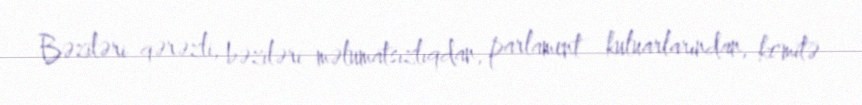
Bəziləri qərəzli, bəziləri məlumatsızlıqdan, parlament kuluarlarından, komitə